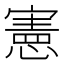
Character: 憲